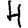
Digit: 4